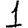
Digit: 1